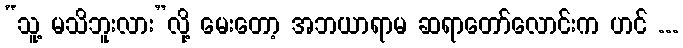
“သူ့ မသိဘူးလား”လို့ မေးတော့ အဘယာရာမ ဆရာတော်လောင်းက ဟင် ...